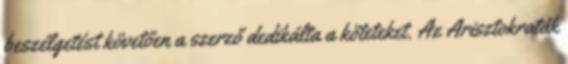
beszélgetést követően a szerző dedikálta a köteteket. Az Arisztokraták